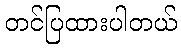
တင်ပြထားပါတယ်